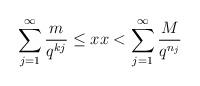
LaTeX: \begin{align*}\sum_{j=1}^{\infty} \frac{m}{q^{kj}} \le x x < \sum_{j=1}^{\infty} \frac{M}{q^{n_j}}\end{align*}